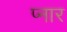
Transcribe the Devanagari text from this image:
प्नार